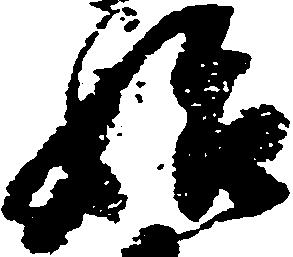
始